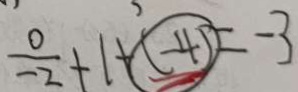
\frac { 0 } { - 2 } + 1 + \textcircled { ( - 4 ) } = - 3